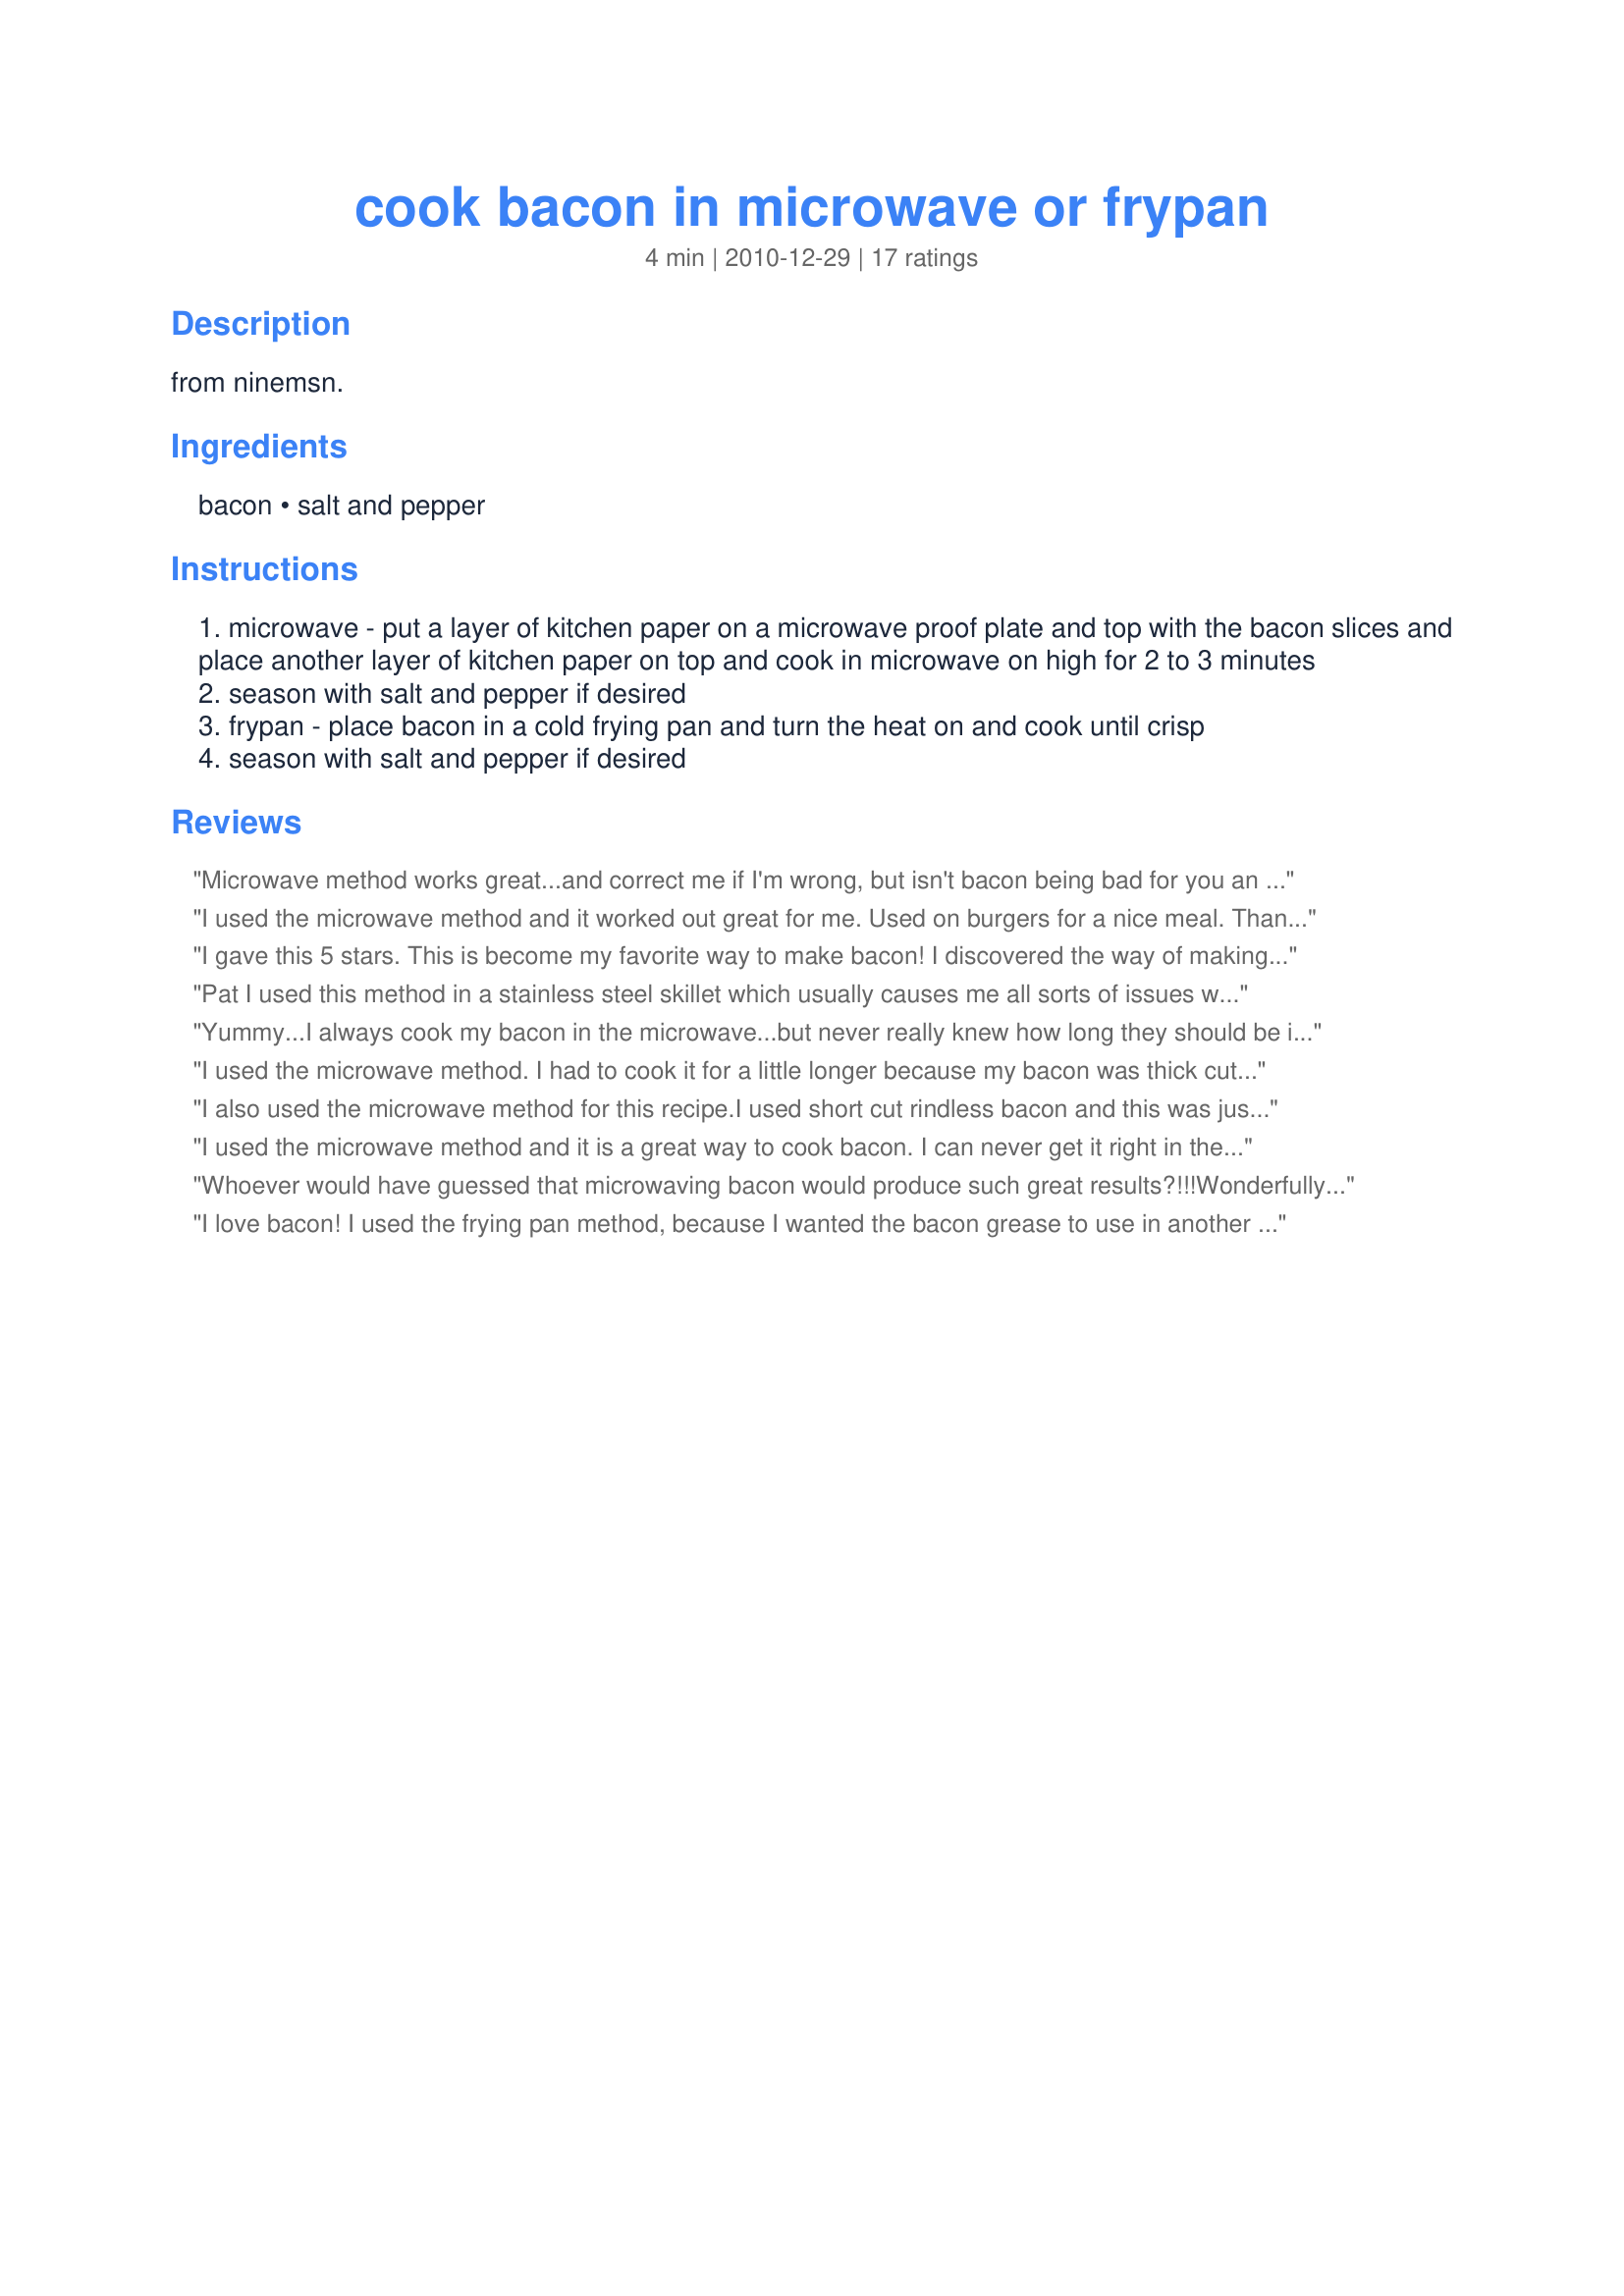
cook bacon in microwave or frypan
Preparation time: 4 minutes

from ninemsn.

Ingredients:
bacon, salt and pepper

Steps:
microwave - put a layer of kitchen paper on a microwave proof plate and top with the bacon slices and place another layer of kitchen paper on top and cook in microwave on high for 2 to 3 minutes
season with salt and pepper if desired
frypan - place bacon in a cold frying pan and turn the heat on and cook until crisp
season with salt and pepper if desired

Reviews:
Microwave method works great...and correct me if I'm wrong, but isn't bacon being bad for you an old wives' tale? Or was my mother lying to me again? Made for A-NZ Reunion tag.
I used the microwave method and it worked out great for me. Used on burgers for a nice meal. Thanks Pat for another keeper. Made for Everyday Is A Holiday Tag.
I gave this 5 stars. This is become my favorite way to make bacon! I discovered the way of making bacon about a year ago and love it! Thanks for posting a great method! Christine
Pat I used this method in a stainless steel skillet which usually causes me all sorts of issues with sticking and tearing up my bacon - well not this time! Putting the bacon in cold definitely did the trick. I used it a week later doing bacon my my teflon coated skillet and it worked so well there too - not that sticking was an issue but my bacon would always shrink up too much but with this method that remained straight and cooked up nice and crispy! Thanks for a new and simple way to prepare bacon. Made for WTTM tag game.
Yummy...I always cook my bacon in the microwave...but never really knew how long they should be in there...thanks for the info...I cooked 4 slices of thick applewood bacon and they took exactly 6 minutes to be at perfection...:)
I used the microwave method. I had to cook it for a little longer because my bacon was thick cut, and already flavored with pepper. It's so nice to have bacon that isn't all shriveled up! Thanks for posting.
I also used the microwave method for this recipe.<br/>I used short cut rindless bacon and this was just so quick and easy....not too mention fantastic results!<br/>I did have to cook my bacon just a fraction longer..........but then what is 40 seconds between friends... ;-)<br/>Such a great recipe, when you need bacon in a hurry. Not too mention saving time and the mess in not having to fry and clean the pan! <br/>Thanks Pat for a quick and easy solution to bacon in a hurry!
I used the microwave method and it is a great way to cook bacon. I can never get it right in the pan. Made for Auz/NZ swap.
Whoever would have guessed that microwaving bacon would produce such great results?!!!<br/>Wonderfully easy with little to clean up afterwards.....now I can have bacon sandwiches even when I'm running late ( which is often!!).<br/>Thanks Pat...for a fabulous eye opener!!<br/>Made for 123 Hits.
I love bacon! I used the frying pan method, because I wanted the bacon grease to use in another recipe later on. Mine turned out wonderfully crisp and delicious. Thanks for sharing!
II used the microwave method - and please tell me exactly why did I not try this sooner??? WOW was this easy. And no mess! Had thick sliced bacon so I cut it in half to cook a little faster and it was done perfectly in 5 minutes. Probably the only way I will cook bacon into the future. THANKS for posting, Pat :)
I needed a quick recipe to cook some bacon for a recipe. I used the microwave method so that I wouldn't heat up the house. I increased the bacon to six slices and increased the time to 5 minutes. This method worked like a charm. Thanks.
This worked really well! I used applewood-smoked bacon, in a cold cast iron skillet, shaping the bacon into a circle, which kept it's shape! I had hoped it would work, and was excited about the end result. Thanks for sharing this quick tip, Pat!
I chose this recipe to tag, as DH and I have just re-modeled our kitchen and installed a new microwave which is different then last one. I made this as written, using 2 pieces of bacon and microwaving on high for 2 minutes and it turned out perfect. Thanks for sharing the cooking tip/technique. Made for Holiday Tag Game.
Cold bacon, cold pan and no extra oil worked really well for me - bacon was delicious , no sticking whatsoever. I used a very old trusty non stick pot.
The timing was perfect. I always am guessing about how long I should microwave bacon.
I used the microwave method. It worked out perfect! I used turkey bacon and added pepper but no salt. YUM! Made for A-NZ Reunion Tag Game 2011.
